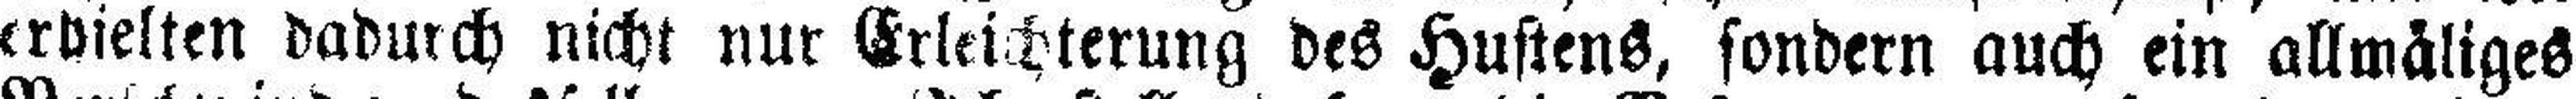
erhielten dadurch nicht nur Erleichterung des Hustens, sondern auch ein allmäliges